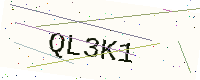
Text: QL3K1